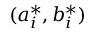
( a _ { i } ^ { * } , b _ { i } ^ { * } )